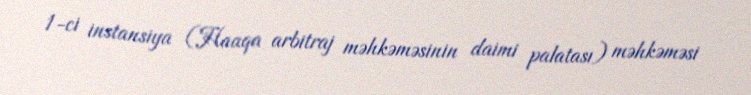
1-ci instansiya (Haaqa arbitraj məhkəməsinin daimi palatası) məhkəməsi